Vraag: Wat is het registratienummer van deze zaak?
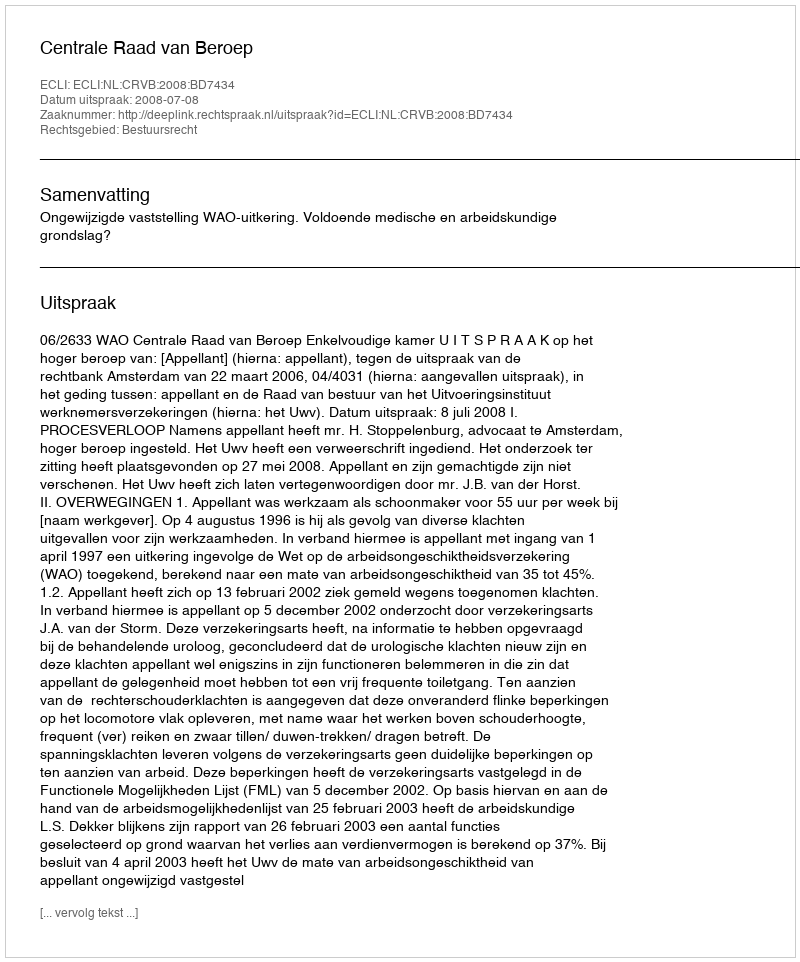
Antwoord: http://deeplink.rechtspraak.nl/uitspraak?id=ECLI:NL:CRVB:2008:BD7434